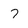
Character: 7